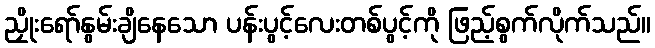
ညှိုးရော်နွမ်းချိနေသော ပန်းပွင့်လေးတစ်ပွင့်ကို ဖြည့်စွက်လိုက်သည်။